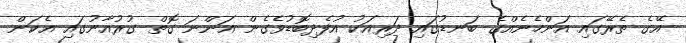
އޭގެ ތެރޭގައި އަންހެނެއްގެ ބަނޑުގައި ދަރިއަކު އުފެދިބޮޑުވެގެން އަންނަ ގޮތް ގުރުއާނުގައި އެކަން